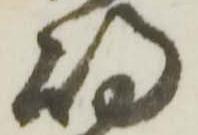
嶋